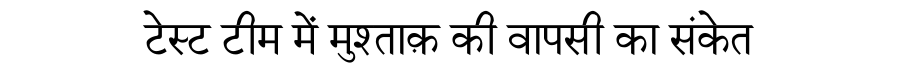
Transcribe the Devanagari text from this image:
टेस्ट टीम में मुश्ताक़ की वापसी का संकेत